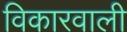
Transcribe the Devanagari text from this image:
विकारवाली